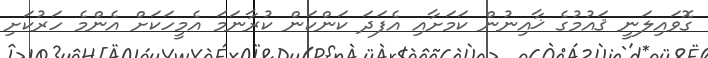
ގޮވައިލަނީ ޤައުމުގެ ޚާއިނުން ކަމަށާއި އެފަދަ ކަންކަން ކުރާނަމަ އެމީހަކަށް އެންމެ ހަރުކަށި